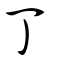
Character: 丁